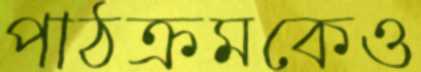
পাঠক্রমকেও